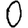
Digit: 0